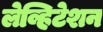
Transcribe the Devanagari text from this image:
लेव्हिटेशन